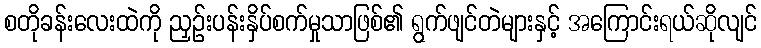
စတိုခန်းလေးထဲကို ညှဉ်းပန်းနှိပ်စက်မှုသာဖြစ်၏ ရွက်ဖျင်တဲများနှင့် အကြောင်းရယ်ဆိုလျင်